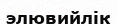
элювийлік